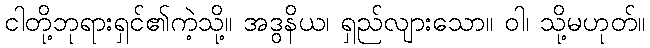
ငါတို့ဘုရားရှင်၏ကဲ့သို့။ အဒွနိယ၊ ရှည်လျားသော။ ဝါ၊ သို့မဟုတ်။